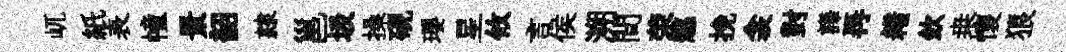
屼紙表幢景韶隷邕圾操硯瓔星攸言侯溯間荣懲挽衾對譁再耤欽桒懷狼